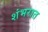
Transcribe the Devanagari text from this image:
शंभरात